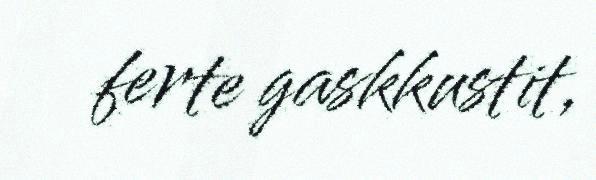
ferte gaskkustit,